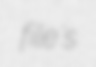
file's